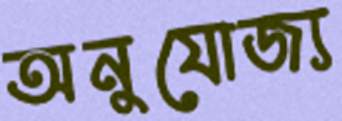
অনুযোজ্য